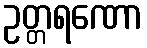
ဥတ္တရဏော